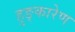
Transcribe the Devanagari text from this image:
हुङ्कारेण